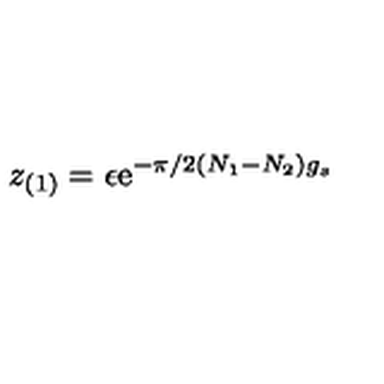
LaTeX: z _ { ( 1 ) } = \epsilon \mathrm { e } ^ { - \pi / 2 ( N _ { 1 } - N _ { 2 } ) g _ { s } }